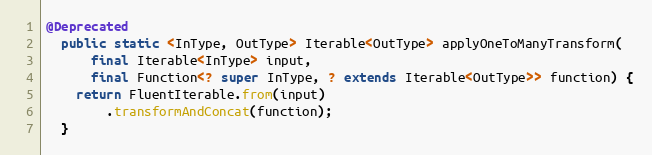
Language: Java
@Deprecated
  public static <InType, OutType> Iterable<OutType> applyOneToManyTransform(
      final Iterable<InType> input,
      final Function<? super InType, ? extends Iterable<OutType>> function) {
    return FluentIterable.from(input)
        .transformAndConcat(function);
  }